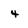
Character: 4